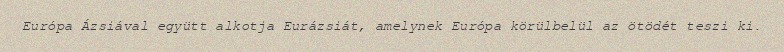
Európa Ázsiával együtt alkotja Eurázsiát, amelynek Európa körülbelül az ötödét teszi ki.